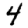
Digit: 4